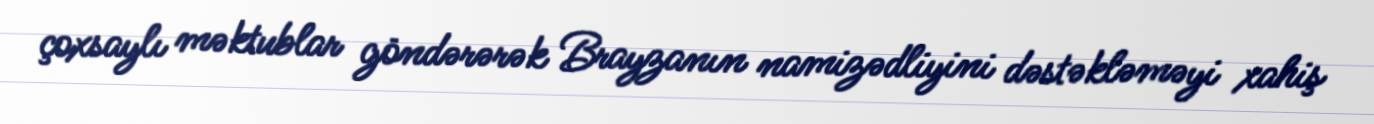
çoxsaylı məktublar göndərərək Brayzanın namizədliyini dəstəkləməyi xahiş